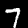
Digit: 7